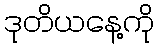
ဒုတိယနေ့ကို